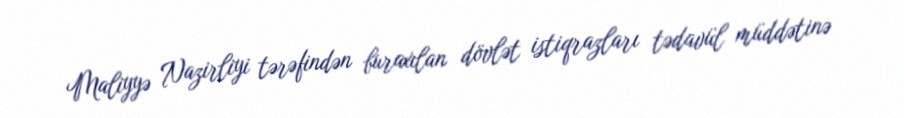
Maliyyə Nazirliyi tərəfindən buraxılan dövlət istiqrazları tədavül müddətinə